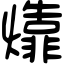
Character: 㸆